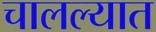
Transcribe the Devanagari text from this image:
चालल्यात